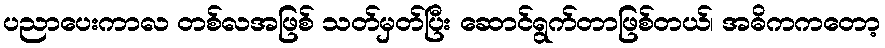
ပညာပေးကာလ တစ်လအဖြစ် သတ်မှတ်ပြီး ဆောင်ရွက်တာဖြစ်တယ်၊ အဓိကကတော့